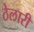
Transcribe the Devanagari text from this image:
ठेलारी